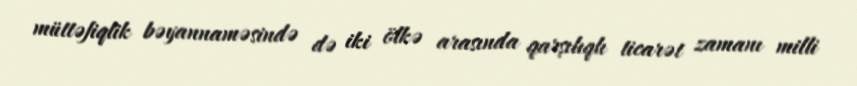
müttəfiqlik bəyannaməsində də iki ölkə arasında qarşılıqlı ticarət zamanı milli